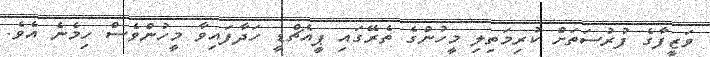
ވަޒީފާގެ ފުރުސަތަށް ކުރިމަތިލި މީހުންގެ ތެރޭގައި ޕީއެޗްޑީ ހަދާފައިވާ މީހުންވެސް ހިމެނެ އެވެ.